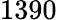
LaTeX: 1390